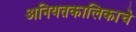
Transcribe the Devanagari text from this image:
अनियतकालिकाचे